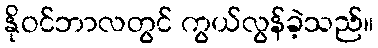
နိုဝင်ဘာလတွင် ကွယ်လွန်ခဲ့သည်။